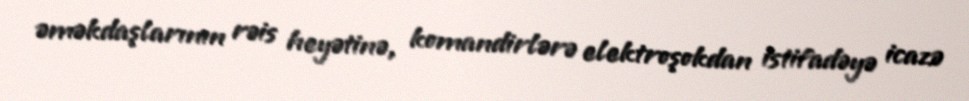
əməkdaşlarının rəis heyətinə, komandirlərə elektroşokdan istifadəyə icazə